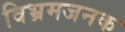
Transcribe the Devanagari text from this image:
विभ्रमजनक